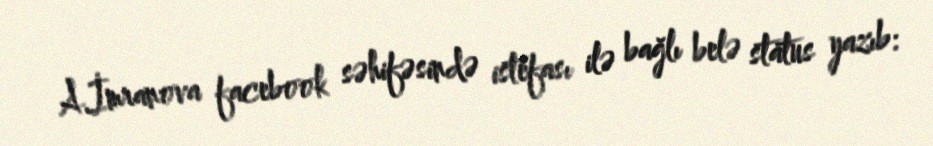
A.İmranova facebook səhifəsində istefası ilə bağlı belə status yazıb: